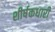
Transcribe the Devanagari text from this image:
शीर्षकधारी